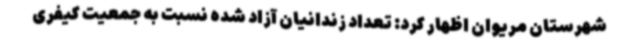
شهرستان مریوان اظهار کرد: تعداد زندانیان آزاد شده نسبت به جمعیت کیفری